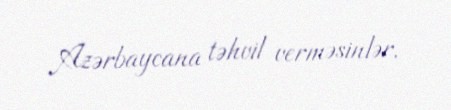
Azərbaycana təhvil verməsinlər.